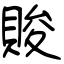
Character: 賐